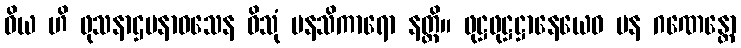
ဝိယ ဟိ ဖုသနာဌပနာဝသေန ဝိသုံ မနသိကာရော နတ္ထိ။ ဖုဋ္ဌဖုဋ္ဌဋ္ဌာနေယေဝ ပန ဂဏေန္တော